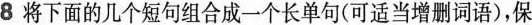
8 将下面的几个短句组合成一个长单句(可适当增删词语)，保